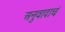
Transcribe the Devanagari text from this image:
अनुवादाचं